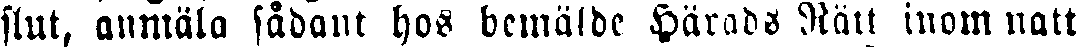
slut, anmäla sådant hos bemälde Härads Rätt inom natt